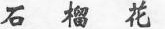
石榴花